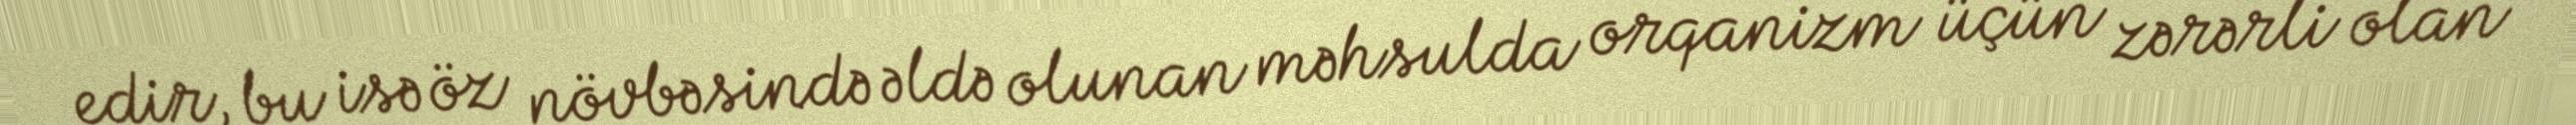
edir, bu isə öz növbəsində əldə olunan məhsulda orqanizm üçün zərərli olan